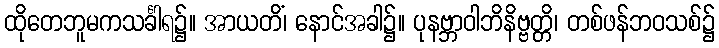
ထိုတေဘူမကသင်္ခါရ၌။ အာယတိံ၊ နောင်အခါ၌။ ပုနဗ္ဘာဝါဘိနိဗ္ဗတ္တိ၊ တစ်ဖန်ဘဝသစ်၌